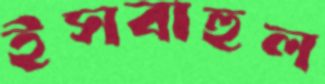
ইসবাহুল